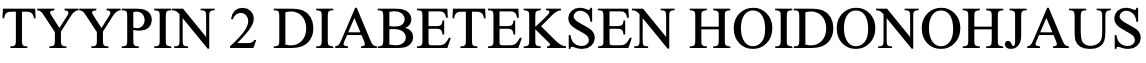
TYYPIN  2 DIABETEKSEN  HOIDONOHJAUS